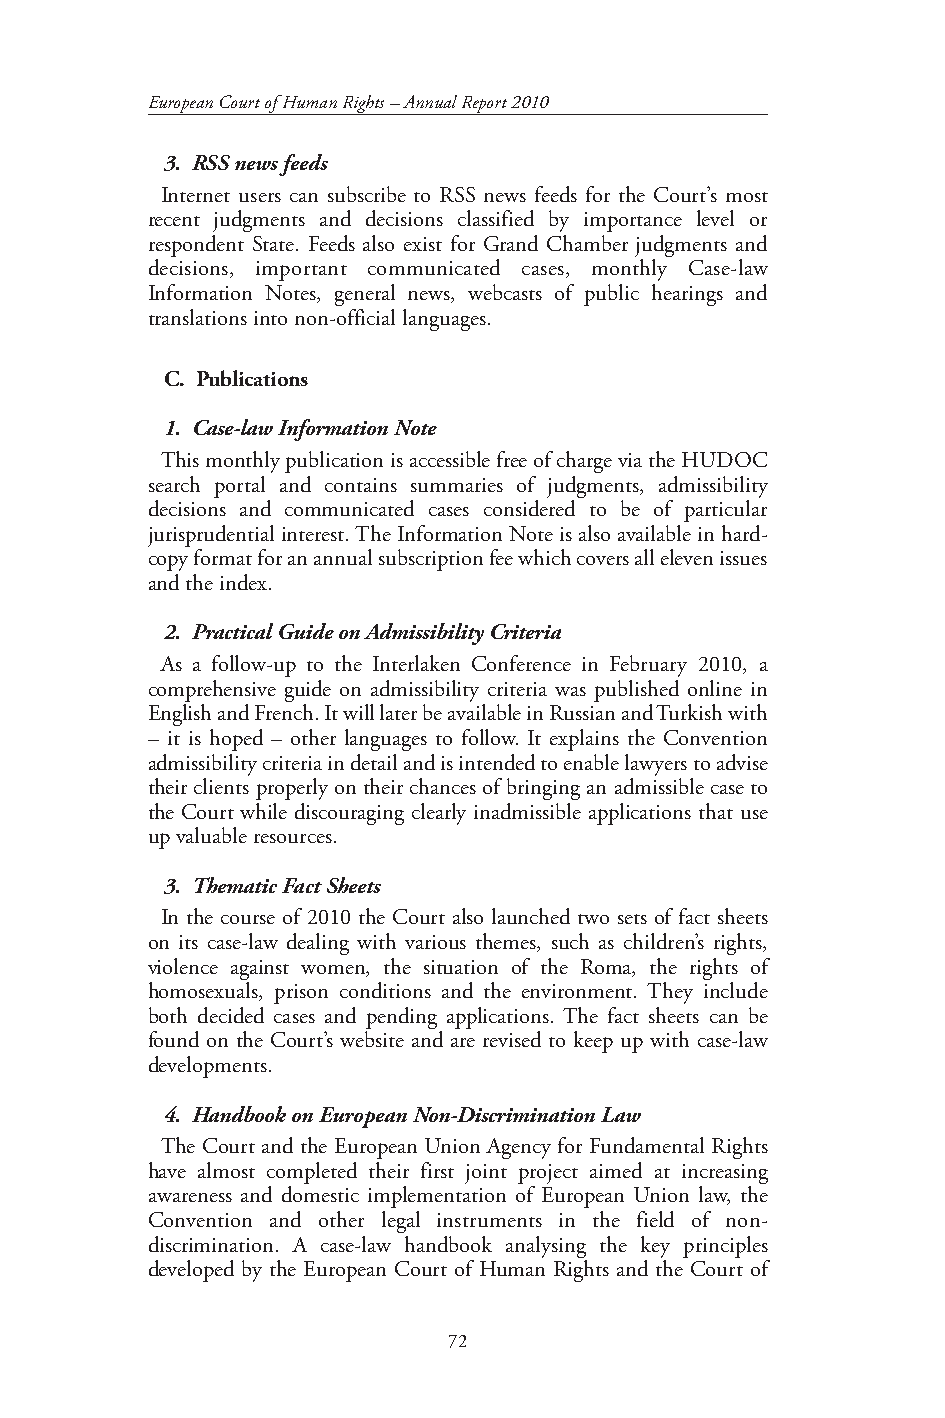
European Court of Human Rights – Annual Report 2010
 3. RSS news feeds
 Internet users can subscribe to RSS news feeds for the Court’s most
 recent judgments and decisions classified by importance level or
 respondent State. Feeds also exist for Grand Chamber judgments and
 decisions, important communicated cases, monthly Case-law
 Information Notes, general news, webcasts of public hearings and
 translations into non-official languages.
 C. Publications
 1. Case-law Information Note
 This monthly publication is accessible free of charge via the HUDOC
 search portal and contains summaries of judgments, admissibility
 decisions and communicated cases considered to be of particular
 jurisprudential interest. The Information Note is also available in hard-
 copy format for an annual subscription fee which covers all eleven issues
 and the index.
 2. Practical Guide on Admissibility Criteria
 As a follow-up to the Interlaken Conference in February 2010, a
 comprehensive guide on admissibility criteria was published online in
 English and French. It will later be available in Russian and Turkish with
 – it is hoped – other languages to follow. It explains the Convention
 admissibility criteria in detail and is intended to enable lawyers to advise
 their clients properly on their chances of bringing an admissible case to
 the Court while discouraging clearly inadmissible applications that use
 up valuable resources.
 3. Thematic Fact Sheets
 In the course of 2010 the Court also launched two sets of fact sheets
 on its case-law dealing with various themes, such as children’s rights,
 violence against women, the situation of the Roma, the rights of
 homosexuals, prison conditions and the environment. They include
 both decided cases and pending applications. The fact sheets can be
 found on the Court’s website and are revised to keep up with case-law
 developments.
 4. Handbook on European Non-Discrimination Law
 The Court and the European Union Agency for Fundamental Rights
 have almost completed their first joint project aimed at increasing
 awareness and domestic implementation of European Union law, the
 Convention and other legal instruments in the field of non-
 discrimination. A case-law handbook analysing the key principles
 developed by the European Court of Human Rights and the Court of
 72